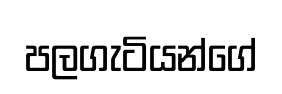
පලගැටියන්ගේ